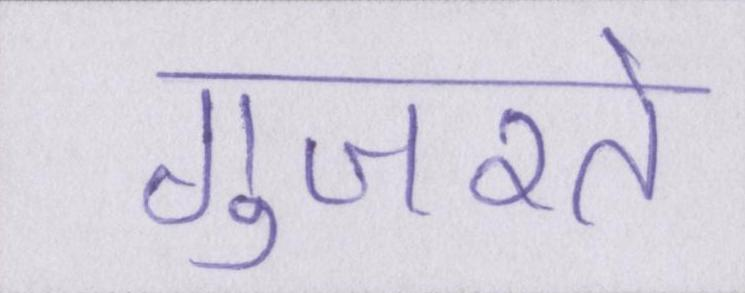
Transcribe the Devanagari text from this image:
गुजरते